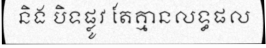
និង បិទផ្លូវ តែគ្មានលទ្ធផល